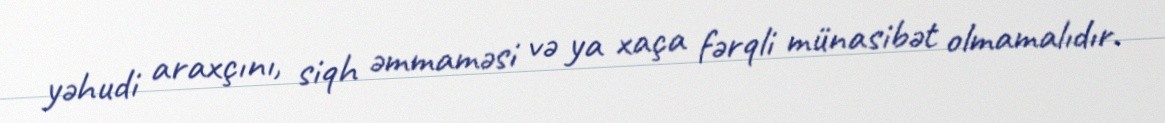
yəhudi araxçını, siqh əmmaməsi və ya xaça fərqli münasibət olmamalıdır.